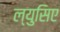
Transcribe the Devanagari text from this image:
ल्युसिए